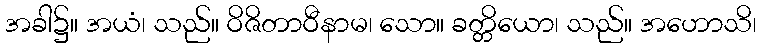
အခါ၌။ အယံ၊ သည်။ ဝိဇိတာဝီနာမ၊ သော။ ခတ္တိယော၊ သည်။ အဟောသိ၊